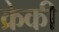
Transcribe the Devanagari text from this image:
क्रेकी